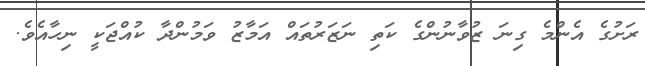
ރަށުގެ އެންމެ ގިނަ ޒުވާނުންގެ ކަތި ނަޒަރުތައް އަމާޒު ވަމުންދާ ކުއްޖަކީ ނިހާއެވެ.